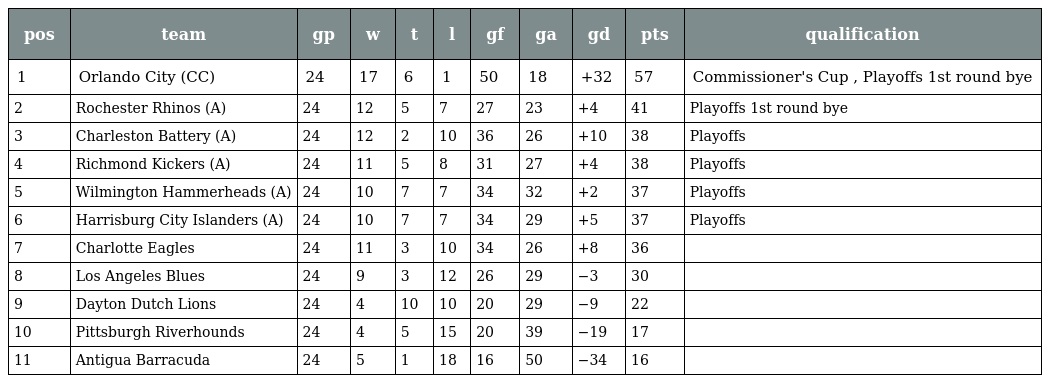
| pos | team | gp | w | t | l | gf | ga | gd | pts | qualification |
 | --- | --- | --- | --- | --- | --- | --- | --- | --- | --- | --- |
 | 1 | Orlando City (CC) | 24 | 17 | 6 | 1 | 50 | 18 | +32 | 57 | Commissioner's Cup , Playoffs 1st round bye |
 | 2 | Rochester Rhinos (A) | 24 | 12 | 5 | 7 | 27 | 23 | +4 | 41 | Playoffs 1st round bye |
 | 3 | Charleston Battery (A) | 24 | 12 | 2 | 10 | 36 | 26 | +10 | 38 | Playoffs |
 | 4 | Richmond Kickers (A) | 24 | 11 | 5 | 8 | 31 | 27 | +4 | 38 | Playoffs |
 | 5 | Wilmington Hammerheads (A) | 24 | 10 | 7 | 7 | 34 | 32 | +2 | 37 | Playoffs |
 | 6 | Harrisburg City Islanders (A) | 24 | 10 | 7 | 7 | 34 | 29 | +5 | 37 | Playoffs |
 | 7 | Charlotte Eagles | 24 | 11 | 3 | 10 | 34 | 26 | +8 | 36 |  |
 | 8 | Los Angeles Blues | 24 | 9 | 3 | 12 | 26 | 29 | −3 | 30 |  |
 | 9 | Dayton Dutch Lions | 24 | 4 | 10 | 10 | 20 | 29 | −9 | 22 |  |
 | 10 | Pittsburgh Riverhounds | 24 | 4 | 5 | 15 | 20 | 39 | −19 | 17 |  |
 | 11 | Antigua Barracuda | 24 | 5 | 1 | 18 | 16 | 50 | −34 | 16 |  |